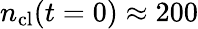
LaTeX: n_{\mathrm{cl}}(t=0)\approx 200